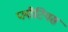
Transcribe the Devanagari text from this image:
प्लौटियस